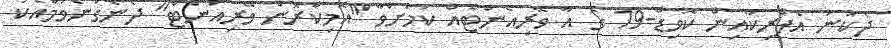
ދެކުނު އެފްރިކާއިން ކޮވިޑް-19 ގެ އާ ވޭރިއެންޓެއް ކަމަށްވާ "އޮމިކްރޮން ވޭރިއަންޓް" ދެނެގަނެވުމާއެކު